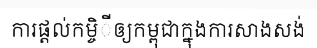
ការផ្តល់កម្ចិីឲ្យកម្ពុជាក្នុងការសាងសង់